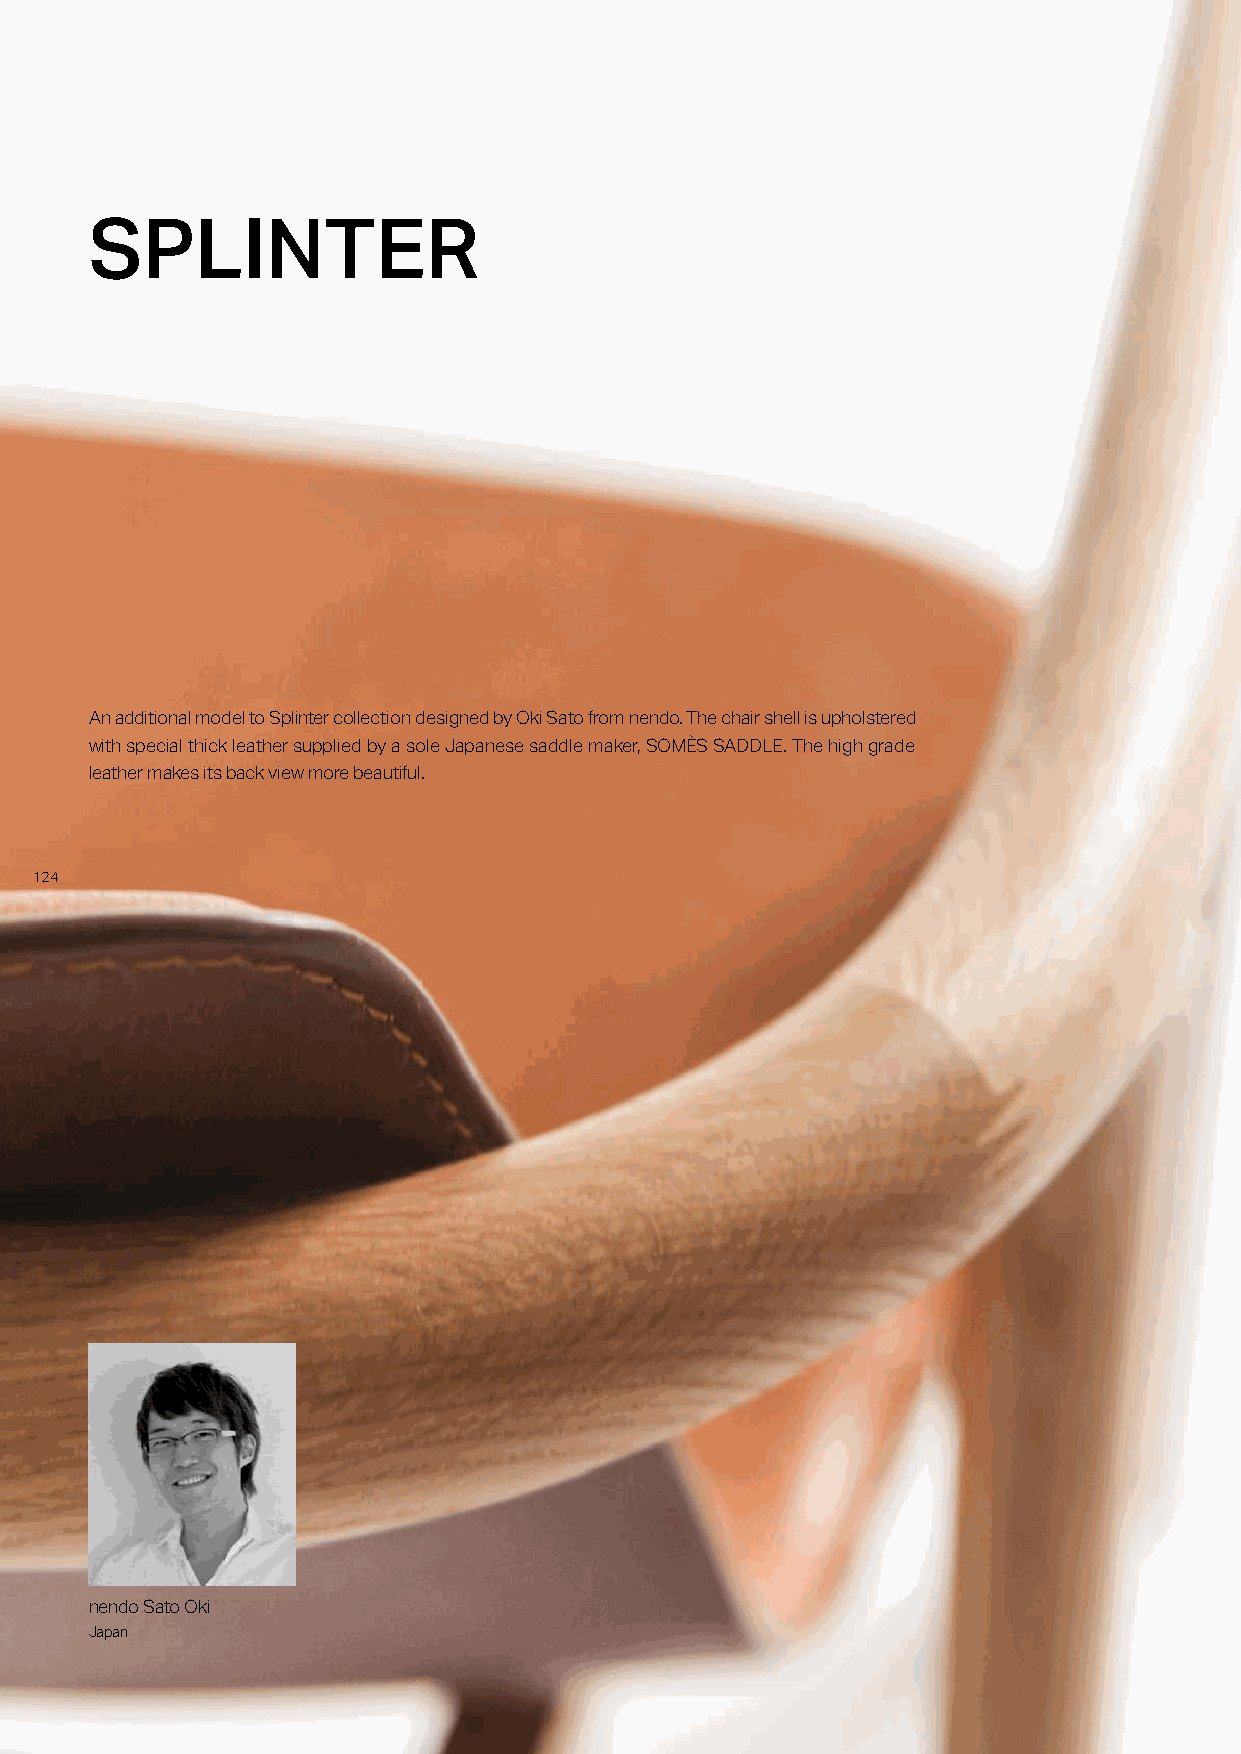
SPLINTER
 An additional model to Splinter collection designed by Oki Sato from nendo. The chair shell is upholstered
 with special thick leather supplied by a sole Japanese saddle maker, SOMÈS SADDLE. The high grade
 leather makes its back view more beautiful.
 112244
 nendo Sato Oki
 Japan